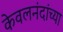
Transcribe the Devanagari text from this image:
केवलनंदांच्या